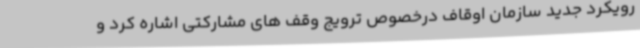
رویکرد جدید سازمان اوقاف درخصوص ترویج وقف های مشارکتی اشاره کرد و